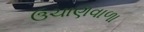
ઉચાણવાળા